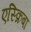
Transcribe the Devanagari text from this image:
एस्क्रिबा